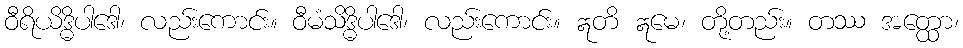
ဝီရိယိဒ္ဓိပါဒေါ၊ လည်းကောင်း။ ဝီမံသိဒ္ဓိပါဒေါ၊ လည်းကောင်း။ ဣတိ ဣမေ၊ တို့တည်း။ တဿ အတ္ထော၊